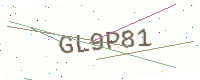
Text: GL9P81